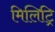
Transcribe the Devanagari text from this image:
मिलिट्रि